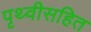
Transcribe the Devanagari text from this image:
पृथ्वीसहित